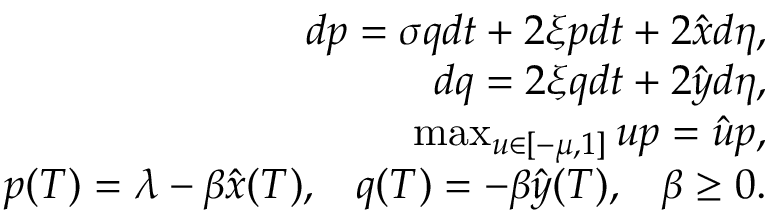
\begin{array} { r l r } & { } & { d p = \sigma q d t + 2 \xi p d t + 2 \hat { x } d \eta , } \\ & { } & { d q = 2 \xi q d t + 2 \hat { y } d \eta , } \\ & { } & { \operatorname* { m a x } _ { u \in [ - \mu , 1 ] } u p = \hat { u } p , } \\ & { } & { p ( T ) = \lambda - \beta \hat { x } ( T ) , \; \; \; q ( T ) = - \beta \hat { y } ( T ) , \; \; \; \beta \geq 0 . } \end{array}